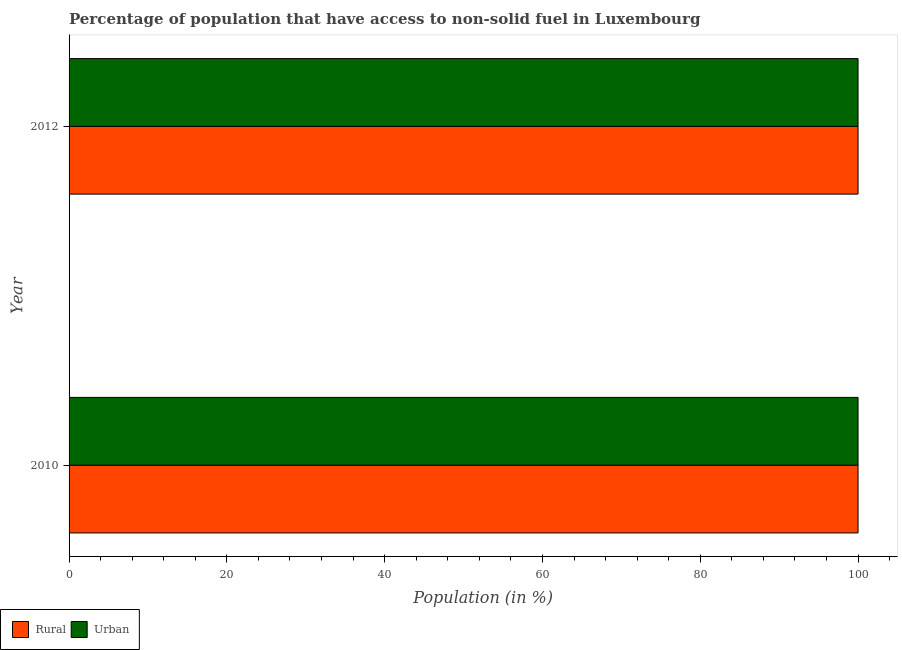
| Year | Rural | Urban |
 | --- | --- | --- |
 | 2010 | 100 | 100 |
 | 2012 | 100 | 100 |